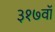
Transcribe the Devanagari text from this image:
३१७वॉ